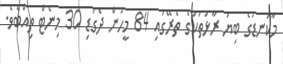
މާކަނޑުގެ ބިޔަ ރާޅުތަކުގެ ތެރޭގައި 84 މީހުން ދެގަޑި 30 މިނެޓް ތިއްބެވެ.